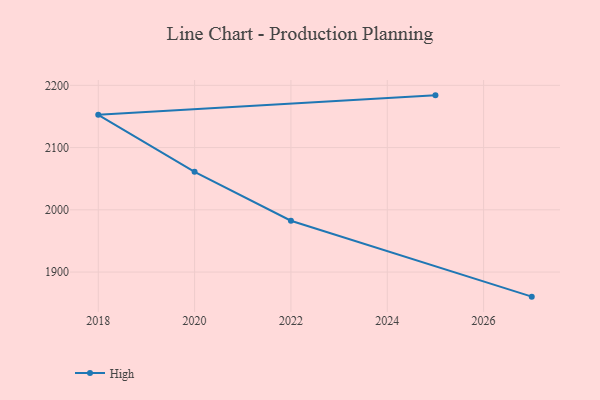
{"axis": {"x": "Year", "y": "Humidity (%)"}, "legend": ["High"], "data": [{"x": "2027", "y": 1860.5, "type": "High"}, {"x": "2022", "y": 1982.5, "type": "High"}, {"x": "2020", "y": 2061.1, "type": "High"}, {"x": "2018", "y": 2152.7, "type": "High"}, {"x": "2025", "y": 2183.9, "type": "High"}]}